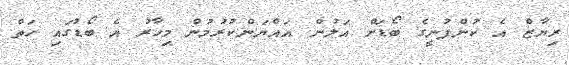
ރިޔާޒް އެ ކުންފުނީގެ ބޯޑަށް އަލުން އައްޔަންކުރުމުން މިހާރު އެ ބޯޑުގައި ހަތް